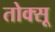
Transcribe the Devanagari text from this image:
तोक्सू